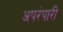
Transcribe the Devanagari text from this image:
अपरंपारी